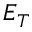
E _ { T }